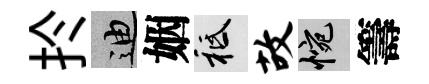
扵迪姻祇故惋籌